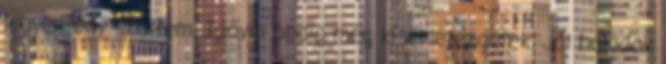
legyen egy szettem. Idővel pedig még kísérletezgetek. Jól haladok